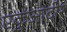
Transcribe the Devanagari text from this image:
एकुआदोर